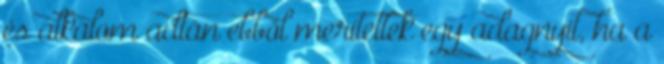
és alkalom adtán ebből merítettek egy adagnyit, ha a